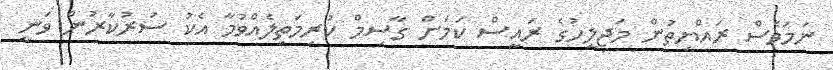
ނަމަވެސް ރައްޔިތުން މަޖިލީހުގެ ރައީސް ކަމަށް ގާސިމް ކުރިމަތިލެއްވުމާ އެކު ސަރުކާރުން ވަނީ